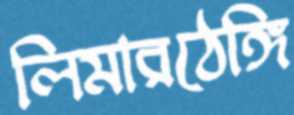
লিমারঠেঙ্গি